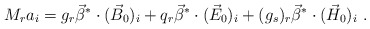
\begin{align*}M_r a_i= g_r \vec\beta^*\cdot(\vec{B}_0)_i+q_r \vec\beta^*\cdot(\vec{E}_0)_i+(g_s)_r \vec\beta^*\cdot(\vec{H}_0)_i\,\,.\end{align*}